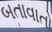
બતાવાતો